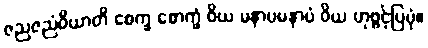
ဇညဇညံဝိယာတိ စေက္ခ စောက္ခံ ဝိယ မနာပမနာပံ ဝိယ ဟုဖွင့်ပြပုံ။